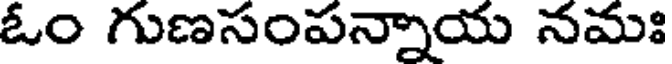
ఓం గుణసంపన్నాయ నమః